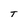
Character: T